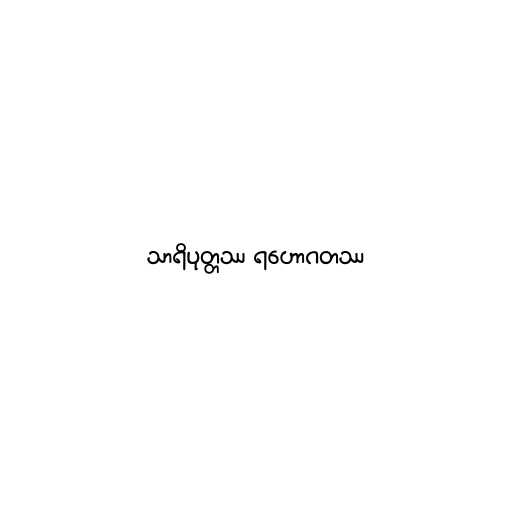
သာရိပုတ္တဿ ရဟောဂတဿ